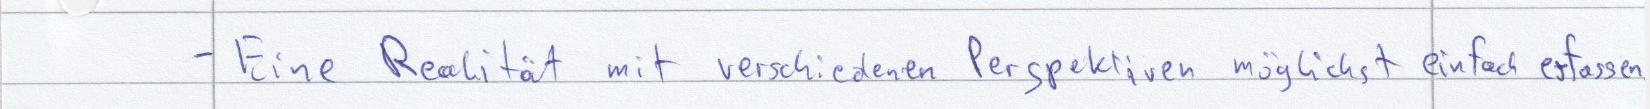
- Eine Realität mit verschiedenen Perspektiven möglichst einfach erfassen